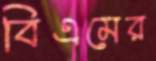
বিএমের